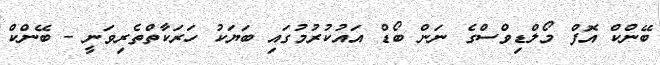
ބޭންކް އޮފް މޯލްޑިވްސްގެ ނަން ބޯޑް އައުކުރުމުގައި ބަޔަކު ހަރަކާތްތެރިވަނީ - ބޭންކް